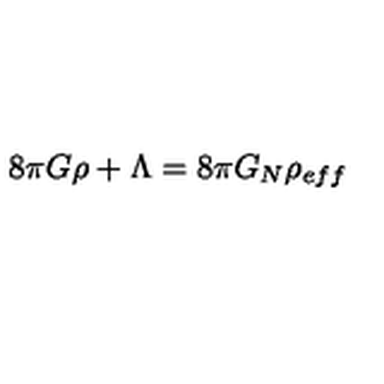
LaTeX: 8 \pi G \rho + \Lambda = 8 \pi G _ { N } \rho _ { e f f }